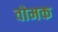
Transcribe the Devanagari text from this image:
वोमक